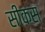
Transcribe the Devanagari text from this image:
सीकस